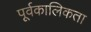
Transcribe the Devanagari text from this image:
पूर्वकालिकता